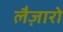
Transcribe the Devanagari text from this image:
लैज़ारो